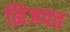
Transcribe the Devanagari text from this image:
झिजवत